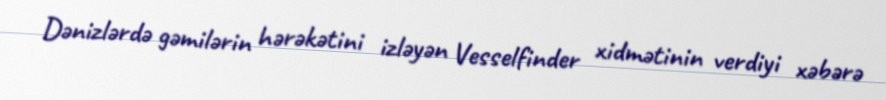
Dənizlərdə gəmilərin hərəkətini izləyən Vesselfinder xidmətinin verdiyi xəbərə